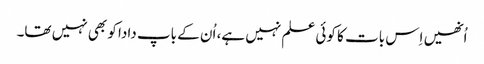
اُنھیں اِس بات کا کوئی علم نہیں ہے، اُن کے باپ دادا کو بھی نہیں تھا۔